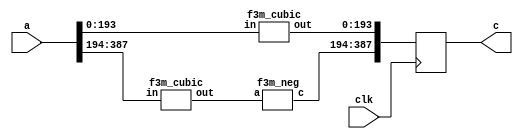
`define M     97          // M is the degree of the irreducible polynomial
`define WIDTH (2*`M-1)    // width for a GF(3^M) element
`define W2    (4*`M-1)    // width for a GF(3^{2*M}) element
`define W3    (6*`M-1)    // width for a GF(3^{3*M}) element
`define W6    (12*`M-1)   // width for a GF(3^{6*M}) element
`define PX    196'h4000000000000000000000000000000000000000001000002 // PX is the irreducible polynomial
`define ZERO {(2*`M){1'b0}}
`define TWO {(2*`M-2){1'b0}},2'b10
`define MOST 2*`M+1:2*`M

module f32m_cubic(clk, a, c);
    input clk;
    input [`W2:0] a;
    output reg [`W2:0] c;
    wire [`WIDTH:0] a0,a1,c0,c1,v;
    assign {a1,a0} = a;
    f3m_cubic
        ins1 (a0, c0), // c0 == a0^3
        ins2 (a1, v);  // v == a1^3
    f3m_neg
        ins3 (v, c1);  // c1 == -v == - a1^3
    always @ (posedge clk)
        c <= {c1,c0};
endmodule
module f3m_cubic(input wire [193:0] in, output wire [193:0] out);
wire [1:0] w0; f3_add a0(in[131:130], in[139:138], w0);
wire [1:0] w1; f3_add a1(in[133:132], in[141:140], w1);
wire [1:0] w2; f3_add a2(in[135:134], in[143:142], w2);
wire [1:0] w3; f3_add a3(in[137:136], in[145:144], w3);
wire [1:0] w4; f3_add a4(in[147:146], in[155:154], w4);
wire [1:0] w5; f3_add a5(in[149:148], in[157:156], w5);
wire [1:0] w6; f3_add a6(in[151:150], in[159:158], w6);
wire [1:0] w7; f3_add a7(in[153:152], in[161:160], w7);
wire [1:0] w8; f3_add a8(in[163:162], in[171:170], w8);
wire [1:0] w9; f3_add a9(in[165:164], in[173:172], w9);
wire [1:0] w10; f3_add a10(in[167:166], in[175:174], w10);
wire [1:0] w11; f3_add a11(in[169:168], in[177:176], w11);
wire [1:0] w12; f3_add a12(in[179:178], in[187:186], w12);
wire [1:0] w13; f3_add a13(in[181:180], in[189:188], w13);
wire [1:0] w14; f3_add a14(in[183:182], in[191:190], w14);
wire [1:0] w15; f3_add a15(in[185:184], in[193:192], w15);
wire [1:0] w16;
f3_add a16(in[1:0], w12, w16);
assign out[1:0] = w16;
wire [1:0] w17;
f3_add a17({in[122],in[123]}, in[131:130], w17);
assign out[3:2] = w17;
assign out[5:4] = in[67:66];
wire [1:0] w18;
f3_add a18(in[3:2], w13, w18);
assign out[7:6] = w18;
wire [1:0] w19;
f3_add a19({in[124],in[125]}, in[133:132], w19);
assign out[9:8] = w19;
assign out[11:10] = in[69:68];
wire [1:0] w20;
f3_add a20(in[5:4], w14, w20);
assign out[13:12] = w20;
wire [1:0] w21;
f3_add a21({in[126],in[127]}, in[135:134], w21);
assign out[15:14] = w21;
assign out[17:16] = in[71:70];
wire [1:0] w22;
f3_add a22(in[7:6], w15, w22);
assign out[19:18] = w22;
wire [1:0] w23;
f3_add a23({in[128],in[129]}, in[137:136], w23);
assign out[21:20] = w23;
assign out[23:22] = in[73:72];
wire [1:0] w24;
f3_add a24(in[9:8], {in[178],in[179]}, w24);
assign out[25:24] = w24;
wire [1:0] w25;
f3_add a25(in[123:122], w0, w25);
assign out[27:26] = w25;
wire [1:0] w26;
f3_add a26({in[66],in[67]}, in[75:74], w26);
assign out[29:28] = w26;
wire [1:0] w27;
f3_add a27(in[11:10], {in[180],in[181]}, w27);
assign out[31:30] = w27;
wire [1:0] w28;
f3_add a28(in[125:124], w1, w28);
assign out[33:32] = w28;
wire [1:0] w29;
f3_add a29({in[68],in[69]}, in[77:76], w29);
assign out[35:34] = w29;
wire [1:0] w30;
f3_add a30(in[13:12], {in[182],in[183]}, w30);
assign out[37:36] = w30;
wire [1:0] w31;
f3_add a31(in[127:126], w2, w31);
assign out[39:38] = w31;
wire [1:0] w32;
f3_add a32({in[70],in[71]}, in[79:78], w32);
assign out[41:40] = w32;
wire [1:0] w33;
f3_add a33(in[15:14], {in[184],in[185]}, w33);
assign out[43:42] = w33;
wire [1:0] w34;
f3_add a34(in[129:128], w3, w34);
assign out[45:44] = w34;
wire [1:0] w35;
f3_add a35({in[72],in[73]}, in[81:80], w35);
assign out[47:46] = w35;
wire [1:0] w36;
f3_add a36(in[17:16], {in[186],in[187]}, w36);
assign out[49:48] = w36;
wire [1:0] w37;
f3_add a37(in[147:146], w0, w37);
assign out[51:50] = w37;
wire [1:0] w38;
f3_add a38({in[74],in[75]}, in[83:82], w38);
assign out[53:52] = w38;
wire [1:0] w39;
f3_add a39(in[19:18], {in[188],in[189]}, w39);
assign out[55:54] = w39;
wire [1:0] w40;
f3_add a40(in[149:148], w1, w40);
assign out[57:56] = w40;
wire [1:0] w41;
f3_add a41({in[76],in[77]}, in[85:84], w41);
assign out[59:58] = w41;
wire [1:0] w42;
f3_add a42(in[21:20], {in[190],in[191]}, w42);
assign out[61:60] = w42;
wire [1:0] w43;
f3_add a43(in[151:150], w2, w43);
assign out[63:62] = w43;
wire [1:0] w44;
f3_add a44({in[78],in[79]}, in[87:86], w44);
assign out[65:64] = w44;
wire [1:0] w45;
f3_add a45(in[23:22], {in[192],in[193]}, w45);
assign out[67:66] = w45;
wire [1:0] w46;
f3_add a46(in[153:152], w3, w46);
assign out[69:68] = w46;
wire [1:0] w47;
f3_add a47({in[80],in[81]}, in[89:88], w47);
assign out[71:70] = w47;
assign out[73:72] = in[25:24];
wire [1:0] w48;
f3_add a48(in[139:138], w4, w48);
assign out[75:74] = w48;
wire [1:0] w49;
f3_add a49({in[82],in[83]}, in[91:90], w49);
assign out[77:76] = w49;
assign out[79:78] = in[27:26];
wire [1:0] w50;
f3_add a50(in[141:140], w5, w50);
assign out[81:80] = w50;
wire [1:0] w51;
f3_add a51({in[84],in[85]}, in[93:92], w51);
assign out[83:82] = w51;
assign out[85:84] = in[29:28];
wire [1:0] w52;
f3_add a52(in[143:142], w6, w52);
assign out[87:86] = w52;
wire [1:0] w53;
f3_add a53({in[86],in[87]}, in[95:94], w53);
assign out[89:88] = w53;
assign out[91:90] = in[31:30];
wire [1:0] w54;
f3_add a54(in[145:144], w7, w54);
assign out[93:92] = w54;
wire [1:0] w55;
f3_add a55({in[88],in[89]}, in[97:96], w55);
assign out[95:94] = w55;
assign out[97:96] = in[33:32];
wire [1:0] w56;
f3_add a56(in[163:162], w4, w56);
assign out[99:98] = w56;
wire [1:0] w57;
f3_add a57({in[90],in[91]}, in[99:98], w57);
assign out[101:100] = w57;
assign out[103:102] = in[35:34];
wire [1:0] w58;
f3_add a58(in[165:164], w5, w58);
assign out[105:104] = w58;
wire [1:0] w59;
f3_add a59({in[92],in[93]}, in[101:100], w59);
assign out[107:106] = w59;
assign out[109:108] = in[37:36];
wire [1:0] w60;
f3_add a60(in[167:166], w6, w60);
assign out[111:110] = w60;
wire [1:0] w61;
f3_add a61({in[94],in[95]}, in[103:102], w61);
assign out[113:112] = w61;
assign out[115:114] = in[39:38];
wire [1:0] w62;
f3_add a62(in[169:168], w7, w62);
assign out[117:116] = w62;
wire [1:0] w63;
f3_add a63({in[96],in[97]}, in[105:104], w63);
assign out[119:118] = w63;
assign out[121:120] = in[41:40];
wire [1:0] w64;
f3_add a64(in[155:154], w8, w64);
assign out[123:122] = w64;
wire [1:0] w65;
f3_add a65({in[98],in[99]}, in[107:106], w65);
assign out[125:124] = w65;
assign out[127:126] = in[43:42];
wire [1:0] w66;
f3_add a66(in[157:156], w9, w66);
assign out[129:128] = w66;
wire [1:0] w67;
f3_add a67({in[100],in[101]}, in[109:108], w67);
assign out[131:130] = w67;
assign out[133:132] = in[45:44];
wire [1:0] w68;
f3_add a68(in[159:158], w10, w68);
assign out[135:134] = w68;
wire [1:0] w69;
f3_add a69({in[102],in[103]}, in[111:110], w69);
assign out[137:136] = w69;
assign out[139:138] = in[47:46];
wire [1:0] w70;
f3_add a70(in[161:160], w11, w70);
assign out[141:140] = w70;
wire [1:0] w71;
f3_add a71({in[104],in[105]}, in[113:112], w71);
assign out[143:142] = w71;
assign out[145:144] = in[49:48];
wire [1:0] w72;
f3_add a72(in[179:178], w8, w72);
assign out[147:146] = w72;
wire [1:0] w73;
f3_add a73({in[106],in[107]}, in[115:114], w73);
assign out[149:148] = w73;
assign out[151:150] = in[51:50];
wire [1:0] w74;
f3_add a74(in[181:180], w9, w74);
assign out[153:152] = w74;
wire [1:0] w75;
f3_add a75({in[108],in[109]}, in[117:116], w75);
assign out[155:154] = w75;
assign out[157:156] = in[53:52];
wire [1:0] w76;
f3_add a76(in[183:182], w10, w76);
assign out[159:158] = w76;
wire [1:0] w77;
f3_add a77({in[110],in[111]}, in[119:118], w77);
assign out[161:160] = w77;
assign out[163:162] = in[55:54];
wire [1:0] w78;
f3_add a78(in[185:184], w11, w78);
assign out[165:164] = w78;
wire [1:0] w79;
f3_add a79({in[112],in[113]}, in[121:120], w79);
assign out[167:166] = w79;
assign out[169:168] = in[57:56];
wire [1:0] w80;
f3_add a80(in[171:170], w12, w80);
assign out[171:170] = w80;
wire [1:0] w81;
f3_add a81({in[114],in[115]}, in[123:122], w81);
assign out[173:172] = w81;
assign out[175:174] = in[59:58];
wire [1:0] w82;
f3_add a82(in[173:172], w13, w82);
assign out[177:176] = w82;
wire [1:0] w83;
f3_add a83({in[116],in[117]}, in[125:124], w83);
assign out[179:178] = w83;
assign out[181:180] = in[61:60];
wire [1:0] w84;
f3_add a84(in[175:174], w14, w84);
assign out[183:182] = w84;
wire [1:0] w85;
f3_add a85({in[118],in[119]}, in[127:126], w85);
assign out[185:184] = w85;
assign out[187:186] = in[63:62];
wire [1:0] w86;
f3_add a86(in[177:176], w15, w86);
assign out[189:188] = w86;
wire [1:0] w87;
f3_add a87({in[120],in[121]}, in[129:128], w87);
assign out[191:190] = w87;
assign out[193:192] = in[65:64];
endmodule

module f3_add(A, B, C);
    input [1:0] A, B;
    output [1:0] C;
    wire a0, a1, b0, b1, c0, c1;
    assign {a1, a0} = A;
    assign {b1, b0} = B;
    assign C = {c1, c0};
    assign c0 = ( a0 & ~a1 & ~b0 & ~b1) |
                (~a0 & ~a1 &  b0 & ~b1) |
                (~a0 &  a1 & ~b0 &  b1) ;
    assign c1 = (~a0 &  a1 & ~b0 & ~b1) |
                ( a0 & ~a1 &  b0 & ~b1) |
                (~a0 & ~a1 & ~b0 &  b1) ;
endmodule

module f3m_neg(a, c);
    input [`WIDTH:0] a;
    output [`WIDTH:0] c;
    genvar i;
    generate
        for(i=0;i<=`WIDTH;i=i+2)
          begin:label
            assign c[i+1:i] = {a[i],a[i+1]};
          end
    endgenerate
endmodule